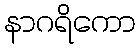
နာဂရိကော